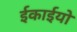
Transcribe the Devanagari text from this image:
ईकाईयो